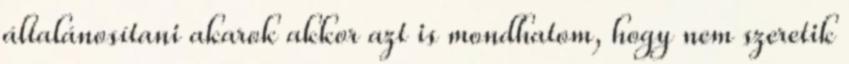
általánosítani akarok akkor azt is mondhatom, hogy nem szeretik